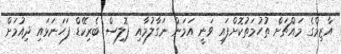
އާޒިމްގެ މައްޗަށް ތުހުމަތުކޮށްފައި ވަނީ އަމަން ނަގާލުމާއި ޕޮލިސް ބެރިކޭޑް ފަހަނަޅައި ދިއުމަށް